Medical and sanitary report of the native army of Bengal for the year
Year: 1878
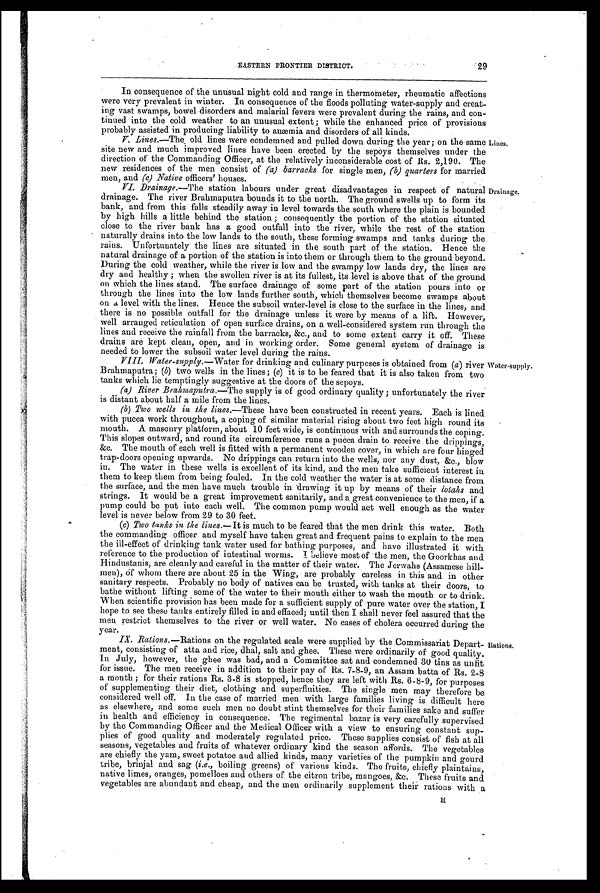
29
EASTERN FRONTIER DISTRICT.
In consequence of the unusual night cold and range in thermometer, rheumatic affections
were very prevalent in winter. In consequence of the floods polluting water-supply and creat
-
ing vast swamps, bowel disorders and malarial fevers were prevalent during the rains, and con
-
tinued into the cold weather to an unusual extent; while the enhanced price of provisions
probably assisted in producing liability to anæmia and disorders of all kinds.
V. Lines.—The old lines were condemned and pulled down during the year; on the same
site new and much improved lines have been erected by the sepoys themselves under the
direction of the Commanding Officer, at the relatively inconsiderable cost of Rs. 2,190. The
new residences of the men consist of (a) barracks for single men, (b) quarters for married
men, and (c) Native officers' houses.
VI. Drainage.—The station labours under great disadvantages in respect of natural
drainage. The river Brahmaputra bounds it to the north. The ground swells up to form its
bank, and from this falls steadily away in level towards the south where the plain is bounded
by high hills a little behind the station; consequently the portion of the station situated
close to the river bank has a good outfall into the river, while the rest of the station
naturally drains into the low lands to the south, these forming swamps and tanks during the
rains. Unfortunately the lines are situated in the south part of the station. Hence the
natural drainage of a portion of the station is into them or through them to the ground beyond.
During the cold weather, while the river is low and the swampy low lands dry, the lines are
dry and healthy; when the swollen river is at its fullest, its level is above that of the ground
on which the lines stand. The surface drainage of some part of the station pours into or
through the lines into the low lands further south, which themselves become swamps about
on a level with the lines. Hence the subsoil water-level is close to the surface in the lines, and
there is no possible outfall for the drainage unless it were by means of a lift. However,
well arranged reticulation of open surface drains, on a well-considered system run through the
lines and receive the rainfall from the barracks, &c., and to some extent carry it off. These
drains are kept clean, open, and in working order. Some general system of drainage is
needed to lower the subsoil water level during the rains.
Drainage.
VIII. Water-supply.—Water for drinking and culinary purposes is obtained from (a) river
Brahmaputra; ( b) two wells in the lines; (c) it is to be feared that it is also taken from two
tanks which lie temptingly suggestive at the doors of the sepoys.
(a) River Brahmaputra.—The supply is of good ordinary quality; unfortunately the river
is distant about half a mile from the lines.
(b) Two wells in the lines .—These have been constructed in recent years. Each is lined
with pucca work throughout, a coping of similar material rising about two feet high round its
mouth. A masonry platform, about 10 feet wide, is continuous with and surrounds the coping.
This slopes outward, and round its circumference runs a pucca drain to receive the drippings,
&c. The mouth of each well is fitted with a permanent wooden cover, in which are four hinged
trap-doors opening upwards. No drippings can return into the wells, nor any dust, &c., blow
in. The water in these wells is excellent of its kind, and the men take sufficient interest in
them to keep them from being fouled. In the cold weather the water is at some distance from
the surface, and the men have much trouble in drawing it up by means of their lotahs and
strings. it would be a great improvement sanitarily, and a great convenience to the men, if a
pump could be put into each well. The common pump would act well enough as the water
level is never below from 29 to 30 feet.
(c) Two tanks in the lines.— It is much to be feared that the men drink this water. Both
commanding officer and myself have taken great and frequent pains to explain to the men
the ill-effect of drinking tank water used for bathing purposes, and have illustrated it with
reference to the production of intestinal worms. I believe most of the men, the Goorkhas and
Hindustanis, are cleanly and careful in the matter of their water. The Jerwahs (Assamese hill
-
men), of whom there are about 25 in the Wing, are probably careless in this and in other
sanitary respects. Probably no body of natives can be trusted, with tanks at their doors, to
bathe without lifting some of the water to their mouth either to wash the mouth or to drink.
When scientific provision has been made for a sufficient supply of pure water over the station,
I
hope to see these tanks entirely filled in and effaced; until then I shall never feel assured that the
men restrict themselves to the river or well water. No cases of cholera occurred during the
year.
IX. Rations .—Rations on the regulated scale were supplied by the Commissaria Depart
-
ment, consisting of atta and rice, dhal, salt and ghee. These were ordinarily of good quality.
In July, however, the ghee was bad, and a Committee sat and condemned 30 tins as unfit
for issue. The men receive in addition to their pay of Rs. 7-8-9, an Assam batta of Rs. 2-8
a month ; for their rations Rs. 3-8 is stopped, hence they are left with Rs. 6-8-9, for purposes
of supplementing their diet, clothing and superfluities. The single men may therefore be
considered well off. In the case of married men with large families living is difficult here
as elsewhere, and some such men no doubt stint themselves for their families sake and suffer
in health and efficiency in consequence. The regimental bazar is very carefully supervised
by the Commanding Officer and the Medical Officer with a view to ensuring constant sup
-
plies of good quality and moderately regulated price. These supplies consist of fish at all
seasons, vegetables and fruits of whatever ordinary kind the season affords. The vegetables
are chiefly the yam, sweet potatoe and allied kinds, many varieties of the pumpkin and gourd
tribe, brinjal and sag ( i.e., boiling greens) of various kinds. The fruits, chiefly plaintains,
native limes, oranges, pomelloes and others of the citron tribe, mangoes, &c. These fruits and
vegetables are abundant and cheap, and the men ordinarily supplement their rations with a
Rations.
Water-supply.